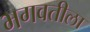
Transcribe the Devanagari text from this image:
भगवतीला